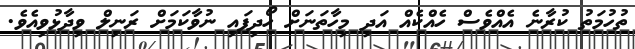
ތުހުމަތު ކުރާނެ އެއްވެސް ހެއްކެއް އަދި މިހާތަނަށް ހޯދިފައި ނުވާކަމަށް ރަނިލް ވިދާޅުވިއެވެ.